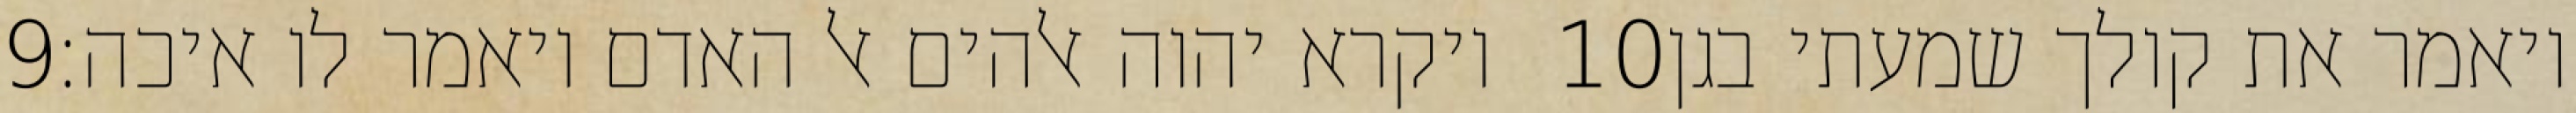
‎9‏ ויקרא יהוה אלהים אל האדם ויאמר לו איכה׃ ‎10‏ ויאמר את קולך שמעתי בגן